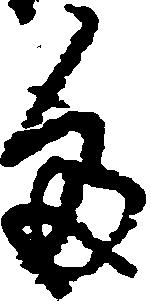
多